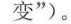
变”)。